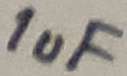
Text: 1uF